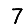
Digit: 7